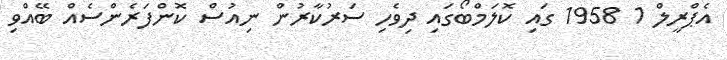
އެޕްރީލް 1 1958 ގައި ކޮލަމްބޯގައި ދިވެހި ސަރުކާރުން ނިއުސް ކޮންފަރެންސެއް ބޭއްވި